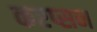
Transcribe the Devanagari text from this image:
करप्सन